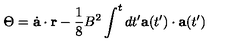
\Theta = \dot { \bf a } \cdot { \bf r } - { \frac { 1 } { 8 } } B ^ { 2 } \int ^ { t } d t ^ { \prime } { \bf a } ( t ^ { \prime } ) \cdot { \bf a } ( t ^ { \prime } )